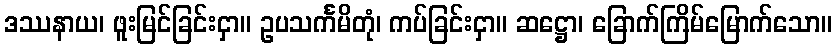
ဒဿနာယ၊ ဖူးမြင်ခြင်းငှာ။ ဥပသင်္ကမိတုံ၊ ကပ်ခြင်းငှာ။ ဆဋ္ဌော၊ ခြောက်ကြိမ်မြောက်သော။